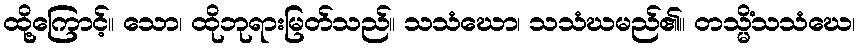
ထို့ကြောင့်။ သော၊ ထိုဘုရားမြတ်သည်။ သသံဃော၊ သသံဃမည်၏။ တသ္မိံသသံဃေ၊